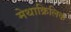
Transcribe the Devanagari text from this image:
मेथाक्रिलिक